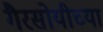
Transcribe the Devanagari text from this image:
गैरसोयीच्या